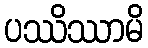
ပဿိဿာမိ